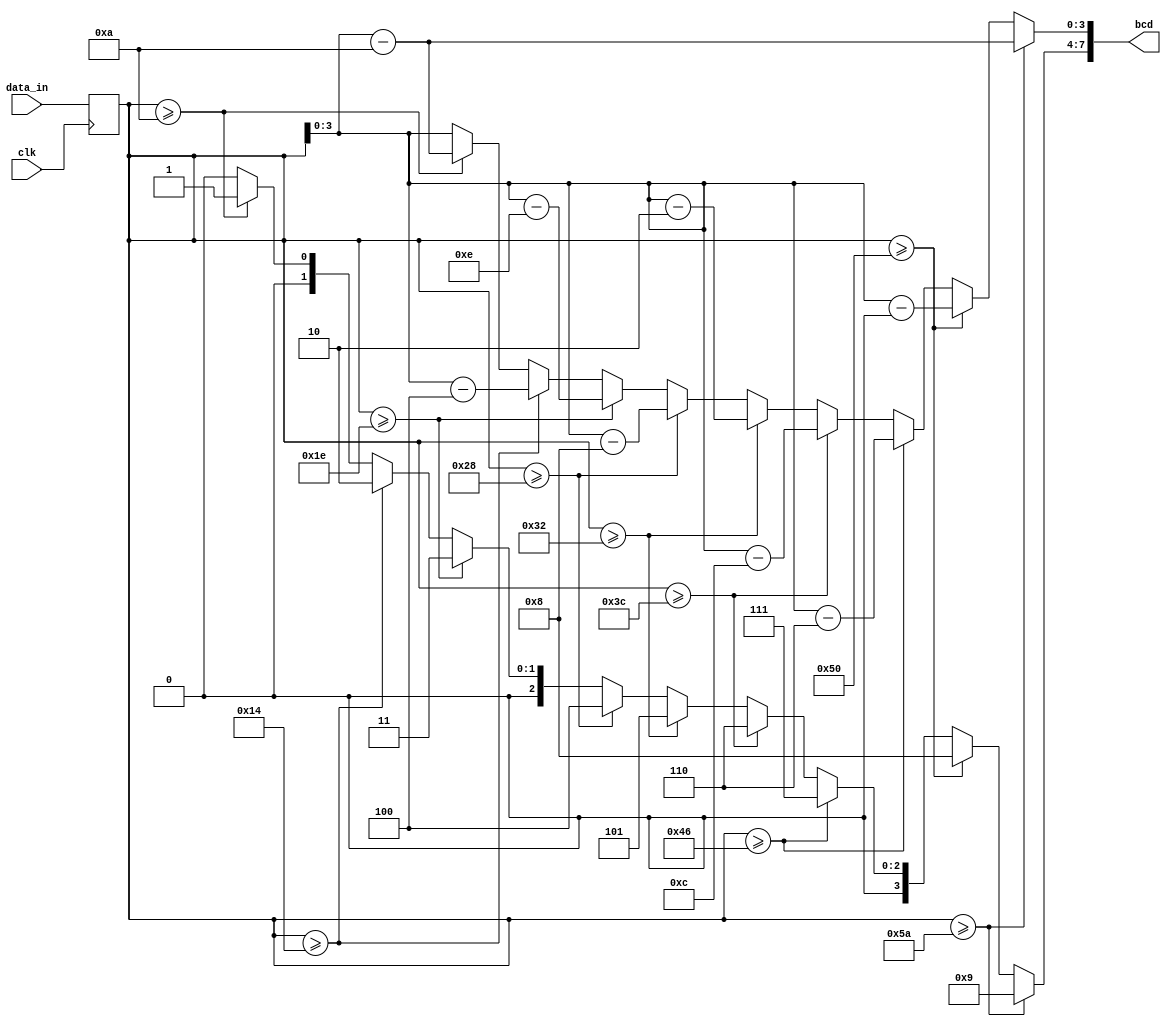
`timescale 1ns / 1ps
//////////////////////////////////////////////////////////////////////////////////
// Company: 
// Engineer: 
// 
// Design Name: 
// Module Name:    BCD_cvt_t 
// Project Name: 
// Target Devices: 
// Tool versions: 
// Description: 
//
// Dependencies: 
//
// Revision: 
// Revision 0.01 - File Created
// Additional Comments: 
//
//////////////////////////////////////////////////////////////////////////////////
module BCD_cvt_t(input wire clk, input wire [6:0] data_in, output reg [7:0] bcd);
	reg [6:0] data;
	always @(posedge clk)
		data<=data_in;
	always@(*) //
	begin
		bcd=0;
		if (data>=90)
			begin
				bcd[7:4]=9;
				bcd[3:0]=data-7'd90;
			end
		else if (data>=80)
			begin
				bcd[7:4]=8;
				bcd[3:0]=data-7'd80;
			end	
		else if (data>=70)
			begin
				bcd[7:4]=7;
				bcd[3:0]=data-7'd70;
			end	
		else if (data>=60)
			begin
				bcd[7:4]=6;
				bcd[3:0]=data-7'd60;
			end	
		else if (data>=50)
			begin
				bcd[7:4]=5;
				bcd[3:0]=data-7'd50;
			end	
		else if (data>=40)
			begin
				bcd[7:4]=4;
				bcd[3:0]=data-7'd40;
			end	
		else if (data>=30)
			begin
				bcd[7:4]=3;
				bcd[3:0]=data-7'd30;
			end	
		else if (data>=20)
			begin
				bcd[7:4]=2;
				bcd[3:0]=data-7'd20;
			end	
		else if (data>=10)
			begin
				bcd[7:4]=1;
				bcd[3:0]=data-7'd10;
			end	
		else 	bcd[3:0]=data[3:0];
	end
endmodule